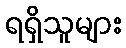
ရရှိသူများ